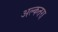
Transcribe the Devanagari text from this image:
अल्कतरा